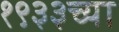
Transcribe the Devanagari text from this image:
१९३३च्या